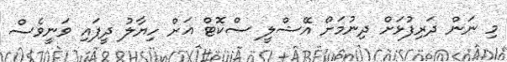
މި ނަން ދަރިފުޅަށް ދިނުމަށް އޭޝްލީ ސްކޮޓް އަށް ހިޔާލު ދީފައި ވަނީވެސް